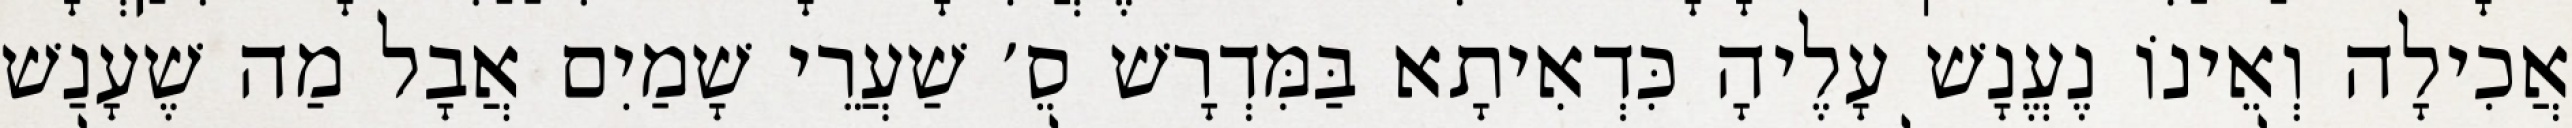
אֲכִילָה וְאֵינוֹ נֶעֱנָשׁ עָלֶיהָ כִּדְאִיתָא בַּמִּדְרָשׁ סֵ׳ שַׁעֲרֵי שָׁמַיִם אֲבָל מַה שֶׁעָנַשׁ